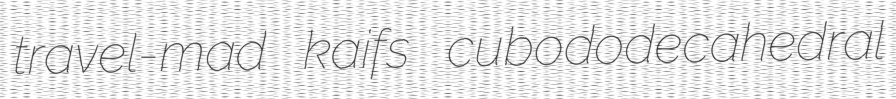
travel-mad kaifs cubododecahedral